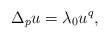
\begin{align*}\Delta_p u = \lambda_0 u^q, \end{align*}